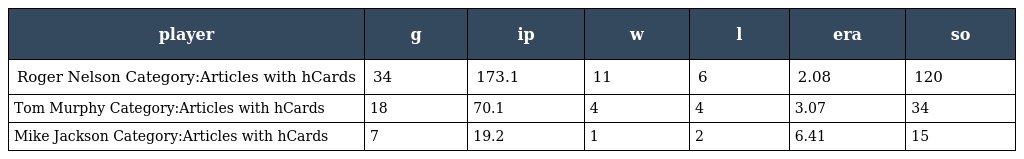
| player | g | ip | w | l | era | so |
 | --- | --- | --- | --- | --- | --- | --- |
 | Roger Nelson Category:Articles with hCards | 34 | 173.1 | 11 | 6 | 2.08 | 120 |
 | Tom Murphy Category:Articles with hCards | 18 | 70.1 | 4 | 4 | 3.07 | 34 |
 | Mike Jackson Category:Articles with hCards | 7 | 19.2 | 1 | 2 | 6.41 | 15 |